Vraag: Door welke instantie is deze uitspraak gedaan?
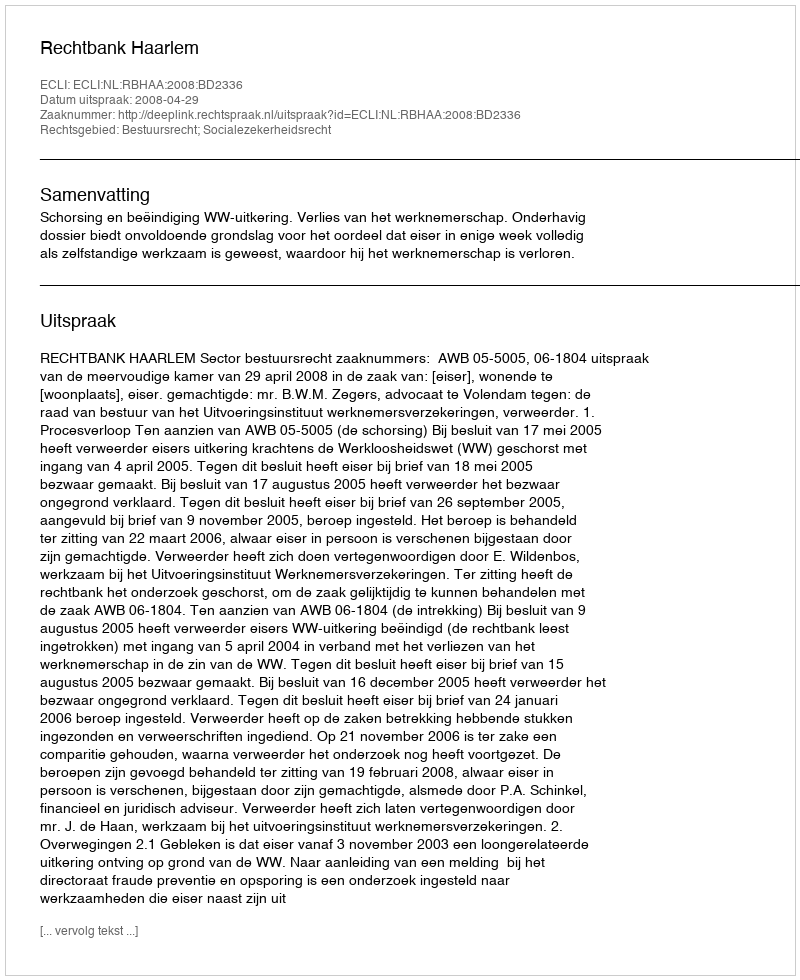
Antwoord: Rechtbank Haarlem